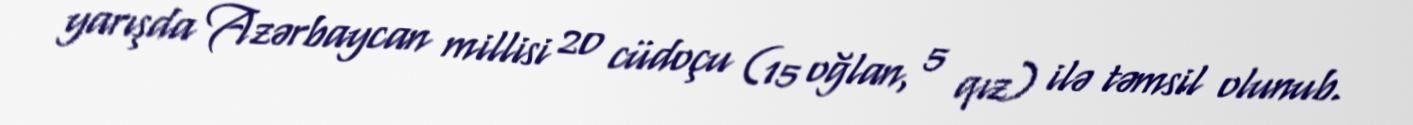
yarışda Azərbaycan millisi 20 cüdoçu (15 oğlan, 5 qız) ilə təmsil olunub.